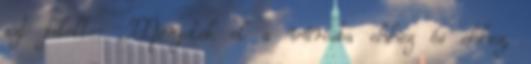
azt felelte: ,,Menjetek el a városba ehhez és ehhez,